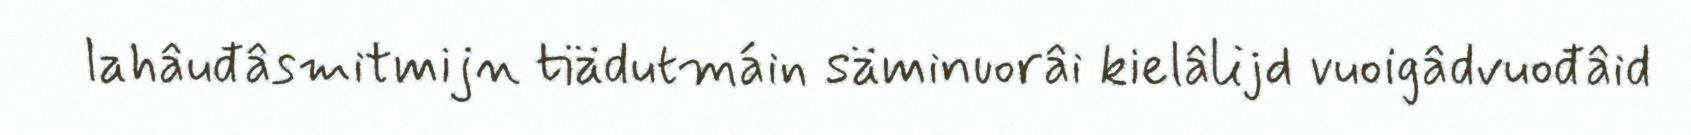
lahâuđâsmitmijn tiädutmáin säminuorâi kielâlijd vuoigâdvuođâid